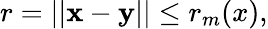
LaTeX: r=||\mathbf x-\mathbf y||\leq r_{m}(x),